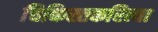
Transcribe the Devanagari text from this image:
चिकिस्तकरित्या